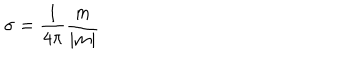
\sigma = \frac 1 { 4 \pi } \frac m { | m | }